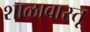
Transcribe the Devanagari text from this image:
शाळावास्तू